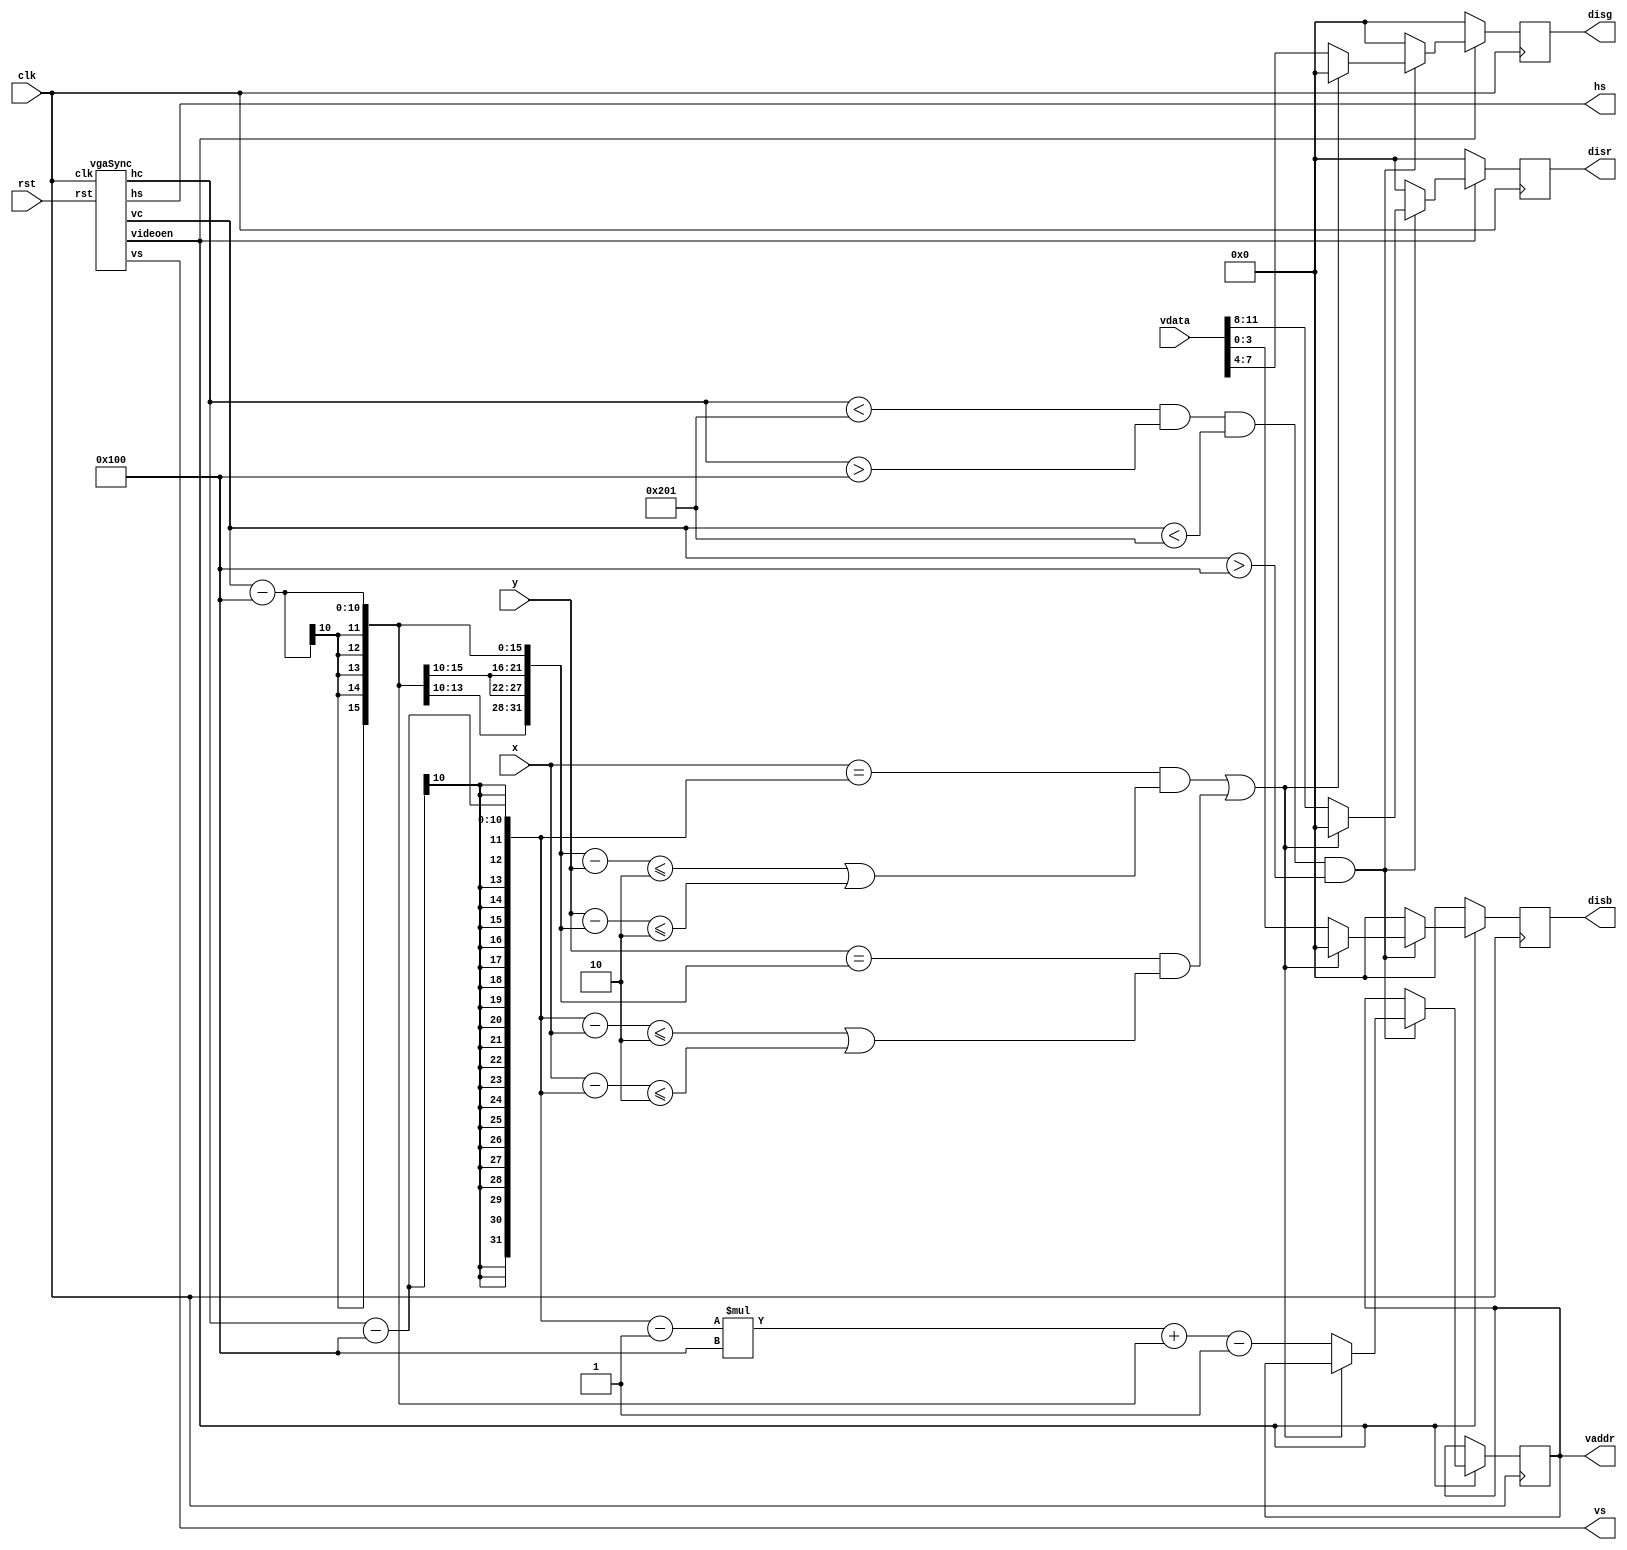
`timescale 1ns / 1ps
//////////////////////////////////////////////////////////////////////////////////
// Company: 
// Engineer: 
// 
// Design Name: 
// Module Name: DCU
// Project Name: 
// Target Devices: 
// Tool Versions: 
// Description: 
// 
// Dependencies: 
// 
// Revision:
// Revision 0.01 - File Created
// Additional Comments:
// 
//////////////////////////////////////////////////////////////////////////////////


module DCU(
    input [15:0]vdata,
    input [7:0]x, y,
    input clk, rst,
    output reg [15:0]vaddr,
    output reg [3:0]disr, disg, disb,
    output hs, vs
    );
    wire en;
    wire [9:0] hc, vc;
    vgaSync vga(.clk(clk),.rst(rst),.hs(hs),.vs(vs),.videoen(en),.hc(hc),.vc(vc));
  always @(posedge clk) begin
          if(en == 1) begin
              if(hc < 513 && hc > 256 && vc < 513 && vc > 256)
                 if((x == hc-256 && (vc-256-y <= 2 || y-(vc-256) <= 2)) || (y == vc-256 && (hc-256-x <=2 || x-(hc-256) <= 2)))begin disr <= 0; disg <= 0;disb <= 0;end
                 else  begin 
                       vaddr <= (hc - 256 - 1) * 256 + (vc - 256) - 1;
                       disr <= vdata[11:8];
                       disg <= vdata[7:4];
                       disb <= vdata[3:0];
                       end
              else begin disr <= 0; disg <= 0; disb <= 0; end
              end
          else begin disr <= 0; disg <= 0; disb <= 0; end
          end
endmodule 

module vgaSync(input wire clk, rst,
    output reg hs,vs,videoen,output reg [9:0]hc, vc);
     reg vsenable;
     always @(posedge clk)
     begin
        if(rst == 1)
            hc<=0;
       else 
            begin
                if(hc == 10'd799)
                    begin
                        hc<=0;
                        vsenable<=1;
                    end
                else
                    begin
                        hc<=hc+1'b1;
                        vsenable<=0;
                    end
             end
      end
      
      always @ (*)
      begin
        if(hc < 10'd96)
        hs = 0;
        else hs = 1;
      end
      
      always @(posedge clk)
      begin
        if(rst == 1)
        vc<=0;
        else 
            if(vsenable == 1)
                begin
                    if(vc == 10'd520)
                        vc<=0;
                    else vc<=vc+1'b1;
                end
        end
        
       always @(*)
       begin
        if(vc<2) vs=0;
        else vs=1;
       end
       
       always @(*)
       begin
        if((hc<10'd784) && (hc>=10'd144) && (vc<10'd511) && (vc>=10'd31))
            videoen=1;
        else videoen=0;
        end
  endmodule

/*
module VGA(
    input clk, rst,
    output hs, vs, 
    output en, 
    output [15:0] x, y
    );
    parameter HD = 640, HF = 16, HS = 96, HB = 48;
    parameter VD = 480, VF = 10, VS = 2, VB = 31;
    
    reg ce;
    reg [15:0] count;
    reg [15:0] hc, vc;
    assign x = en ? hc : 0;
    assign y = en ? vc : 0;
    assign en = (hc < HD) && (vc < VD);
    assign hs = ~((hc >= HD + HF) && (hc < HD + HF + HS));
    assign vs = ~((vc >= VD + VF) && (vc < VD + VF + VS));
    always @(posedge clk) begin
        if(rst) {ce, count} <= 0;
        else {ce, count} <= count + 16'h4000;
    end
    always @(posedge clk) begin
        if(rst) begin
            hc <= 0;
            vc <= 0;
            end 
        else if (ce) begin
             if(hc >= HD + HF + HS + HB - 1)
                hc <= 0;
                if(vc >= VD + VF + VS + VB -1)
                    vc <= 0;
                else vc <= vc + 1;end
        else begin hc <= hc + 1;end
        end
        
endmodule
*/